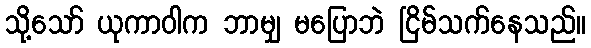
သို့သော် ယုကာဝါက ဘာမျှ မပြောဘဲ ငြိမ်သက်နေသည်။